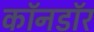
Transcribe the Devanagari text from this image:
काॅनडाॅर